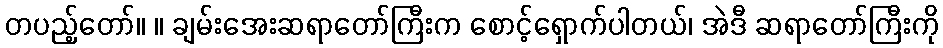
တပည့်တော်။ ။ ချမ်းအေးဆရာတော်ကြီးက စောင့်ရှောက်ပါတယ်၊ အဲဒီ ဆရာတော်ကြီးကို